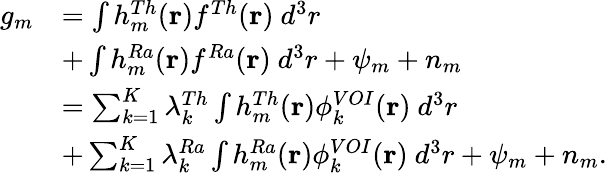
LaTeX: \begin{array}{rl}{g_{m}}&{=\int h_{m}^{Th}(\mathbf{r})f^{Th}(\mathbf{r})~d^{3}r}\\ &{+\int h_{m}^{Ra}(\mathbf{r})f^{Ra}(\mathbf{r})~d^{3}r+\psi_{m}+n_{m}}\\ &{=\sum_{k=1}^{K}\lambda_{k}^{Th}\int h_{m}^{Th}(\mathbf{r})\phi_{k}^{VOI}(\mathbf{r})~d^{3}r}\\ &{+\sum_{k=1}^{K}\lambda_{k}^{Ra}\int h_{m}^{Ra}(\mathbf{r})\phi_{k}^{VOI}(\mathbf{r})~d^{3}r+\psi_{m}+n_{m}.}\end{array}